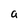
Character: a